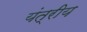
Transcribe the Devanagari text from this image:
यंत्रीय